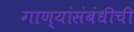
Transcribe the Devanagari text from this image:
गाण्यांसंबंधीची